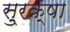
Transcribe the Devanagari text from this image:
सु्रक्षा